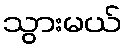
သွားမယ်